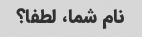
نام شما، لطفا؟